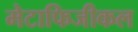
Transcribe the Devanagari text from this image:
मेटाफिजीकल